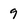
Character: 9